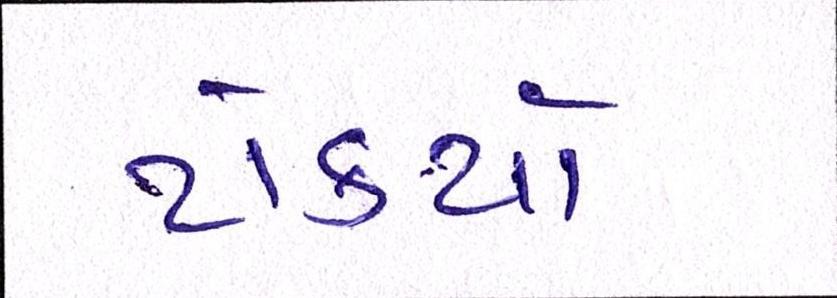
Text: ટોક્યો